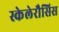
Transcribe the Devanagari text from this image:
स्केलेरौसिस